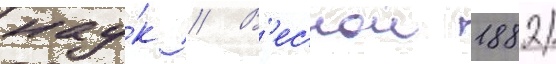
нау́к // В'еснои 1882/